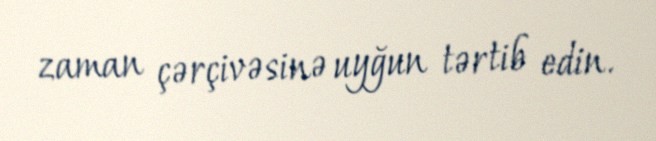
zaman çərçivəsinə uyğun tərtib edin.